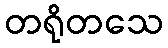
တရိုတသေ